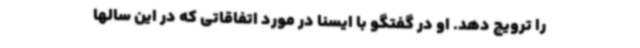
را ترویج دهد. او در گفتگو با ایسنا در مورد اتفاقاتی که در این سالها